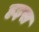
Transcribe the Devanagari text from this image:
हइस